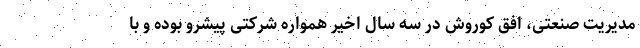
مدیریت صنعتی، افق کوروش در سه سال اخیر همواره شرکتی پیشرو بوده و با